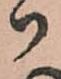
御